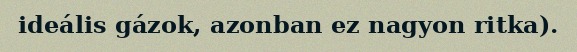
ideális gázok, azonban ez nagyon ritka).